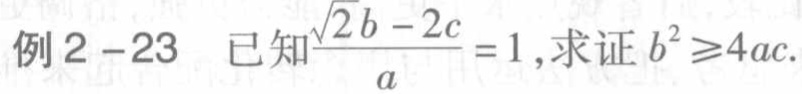
例2 - 23 已知$\frac{\sqrt{2}b - 2c}{a} = 1$,求证$b^{2} \geqslant 4ac$.